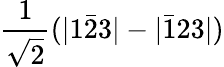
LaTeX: \frac{1}{\sqrt{2}}(|1\bar{2}3|-|\bar{1}23|)